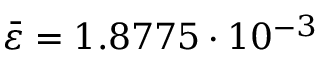
\bar { \varepsilon } = 1 . 8 7 7 5 \cdot 1 0 ^ { - 3 }